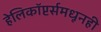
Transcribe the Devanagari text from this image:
हेलिकॉप्टर्समधूनही